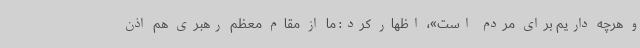
و هرچه داریم برای مردم است»، اظهار کرد: ما از مقام معظم رهبری هم اذن